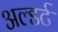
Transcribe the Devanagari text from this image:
अल्डर्ट